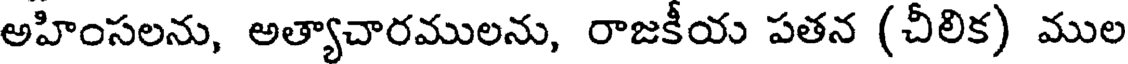
అహింసలను, అత్యాచారములను, రాజకీయ పతన (చీలిక) ముల